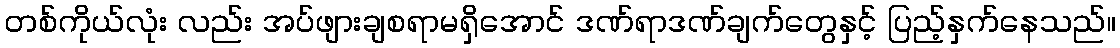
တစ်ကိုယ်လုံး လည်း အပ်ဖျားချစရာမရှိအောင် ဒဏ်ရာဒဏ်ချက်တွေနှင့် ပြည့်နှက်နေသည်။